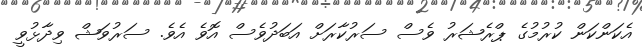
އެކަންކަން ކުރުމުގެ ޕްރެޝަރު ވެސް ސަރުކާރަށް އަބަދުވެސް އޮވެ އެވެ. ސަރުވަޝް ވިދާޅުވީ